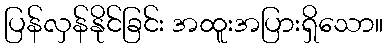
ပြန်လှန်နိုင်ခြင်း အထူးအပြားရှိသော။